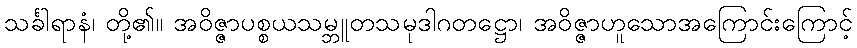
သင်္ခါရာနံ၊ တို့၏။ အဝိဇ္ဇာပစ္စယသမ္ဘူတသမုဒါဂတဋ္ဌော၊ အဝိဇ္ဇာဟူသောအကြောင်းကြောင့်